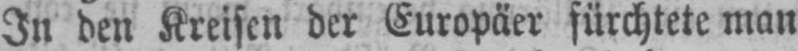
In den Kreisen der Europäer fürchtete man